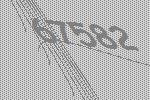
67582